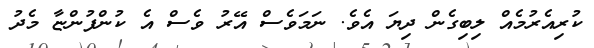
ކުރިއެރުމެއް ލިބިގެން ދިޔަ އެވެ. ނަމަވެސް އޭރު ވެސް އެ ކުންފުންޏާ މެދު